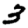
Digit: 3